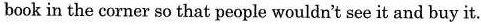
book in the corner so that people wouldn't see it and buy it.